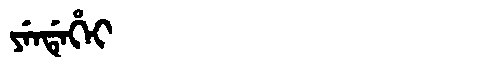
Manchu: ᠶᡝᠨᡩᡝᡥᡝᡳ
Romanization: YENDEHEI